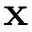
{ \bf x }